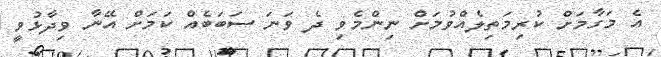
އެ މަގާމަށް ކުރިމަތިލެއްވުމަށް ނިންމެވި ދެ ވަނަ ސަބަބެއް ކަމަށް އޭނާ ވިދާޅުވީ